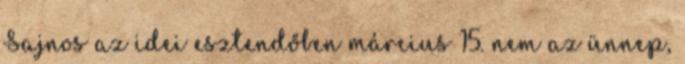
Sajnos az idei esztendőben március 15. nem az ünnep,